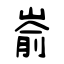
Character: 嵛